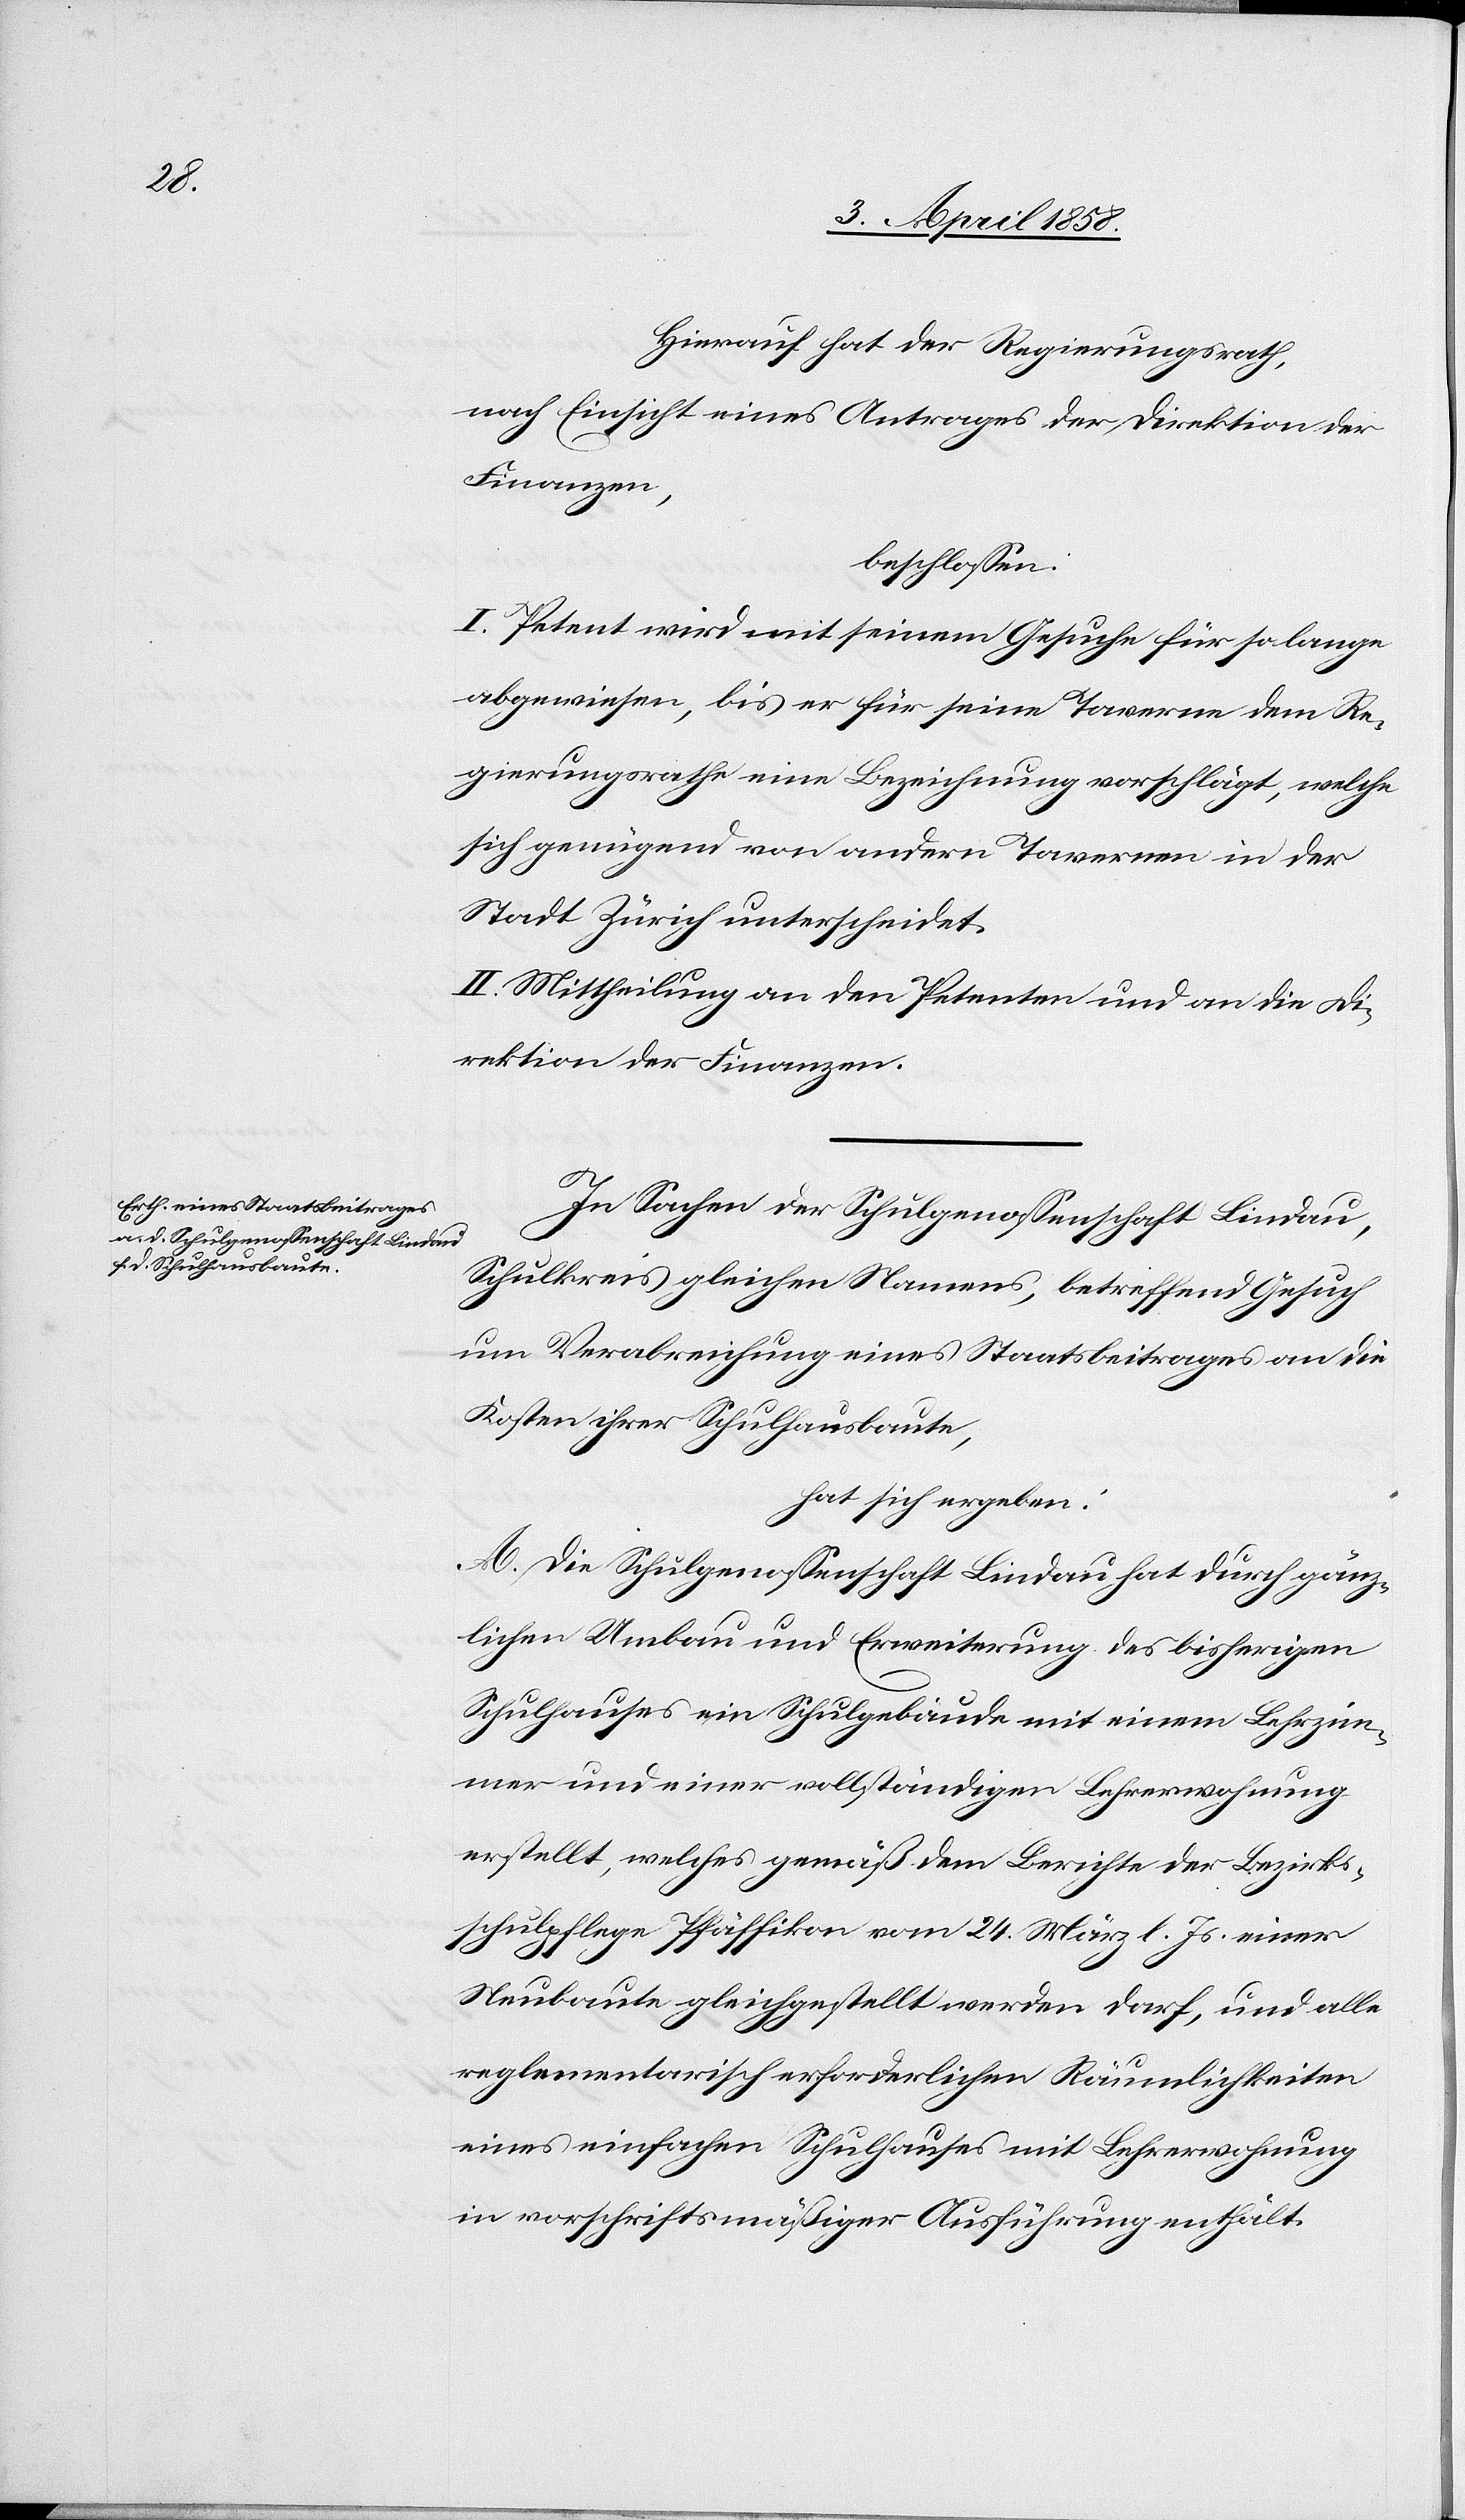
Hierauf hat der Regierungsrath,
nach Einsicht eines Antrages der Direktion der
Finanzen,
beschlossen:
I. Petent wird mit seinem Gesuche für so lange
abgewiesen, bis er für seine Taverne dem Re¬
gierungsrathe eine Bezeichnung vorschlägt, welche
sich genügend von andern Tavernen in der
Stadt Zürich unterscheidet.
II. Mittheilung an den Petenten und an die Di¬
rektion der Finanzen.
In Sachen der Schulgenossenschaft Lindau,
Schulkreis gleichen Namens, betreffend Gesuch
um Verabreichung eines Staatsbeitrages an die
Kosten ihrer Schulhausbaute,
hat sich ergeben.
A. Die Schulgenossenschaft Lindau hat durch gänz¬
lichen Umbau und Erweiterung des bisherigen
Schulhauses ein Schulgebäude mit einem Lehrzim¬
mer und einer vollständigen Lehrerwohnung
erstellt, welches gemäß dem Berichte der Bezirks¬
schulpflege Pfäffikon vom 24. März l. Js. einer
Neubaute gleichgestellt werden darf, und alle
reglementarisch erforderlichen Räumlichkeiten
eines einfachen Schulhauses mit Lehrerwohnung
in vorschriftsmäßiger Ausführung enthält.